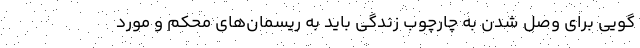
گویی برای وصل شدن به چارچوب زندگی باید به ریسمان‌های محکم و مورد